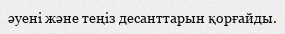
әуені және теңіз десанттарын қорғайды.